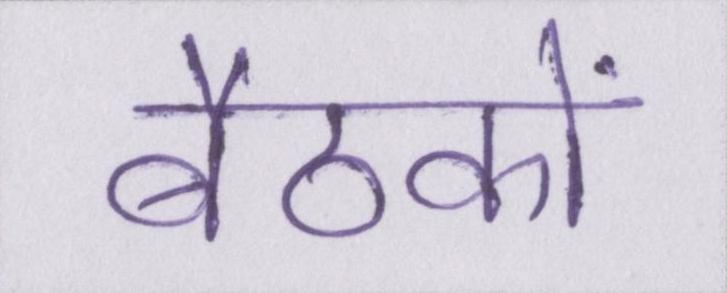
बैठकों